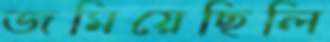
জমিয়েছিলি